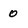
Character: 0